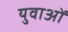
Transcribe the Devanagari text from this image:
युवाअों